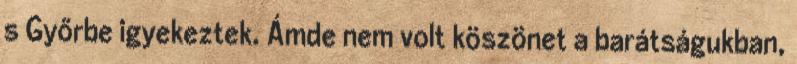
s Győrbe igyekeztek. Ámde nem volt köszönet a barátságukban,